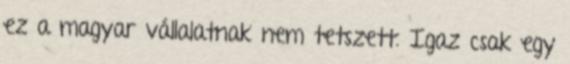
ez a magyar vállalatnak nem tetszett. Igaz csak egy